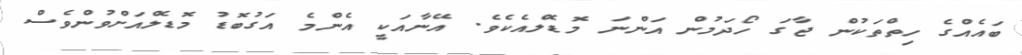
ބައެއްގެ ހިތްތަކުން ޖާގަ ހޯދަމުން އަންނަ މޮޑެލްއެކެވެ. އޭނާއަކީ އެންމެ އަގުބޮޑު މޮޑެލްއަށްވުންވެސް